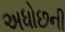
અધોછની